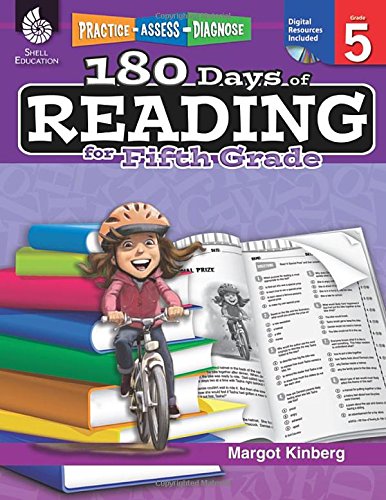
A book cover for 180 Days of Reading for Fifth Grade (Practice, Assess, Diagnose: 180 Days of Math); Margot Kinberg; Reference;